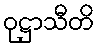
ဝုဋ္ဌာသီတိ